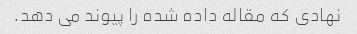
نهادی که مقاله داده شده را پیوند می دهد.